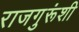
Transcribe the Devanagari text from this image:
राजगुरूंशी